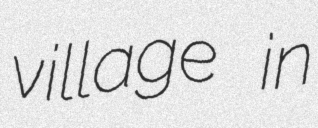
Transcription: village in